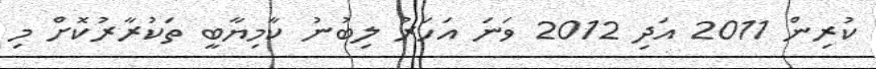
ކުރިން 2011 އަދި 2012 ވަނަ އަހަރު ލިބުނު ކާމިޔާބީ ތަކުރާރުކޮށް މި